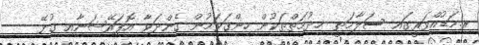
ރ.މަޑުއްވަރީގައި ސަލާމަތީ ޚިދުމަތްތަކުން ހިންގަވަމުން ގެންދަވާ އޮޕަރޭޝަނާއި ގުޅޭ